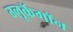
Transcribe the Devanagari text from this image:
ग्लूकॅगॉन